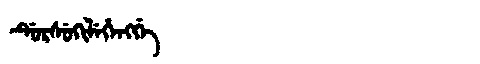
Manchu: ᡩᡠᡵᠰᡠᡴᡳᠯᡝᡥᡝᠩᡤᡝ
Romanization: DURSUKILEHENGGE